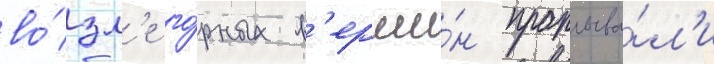
во́зл'е го́рных в'ерши́н проплыва́л'и